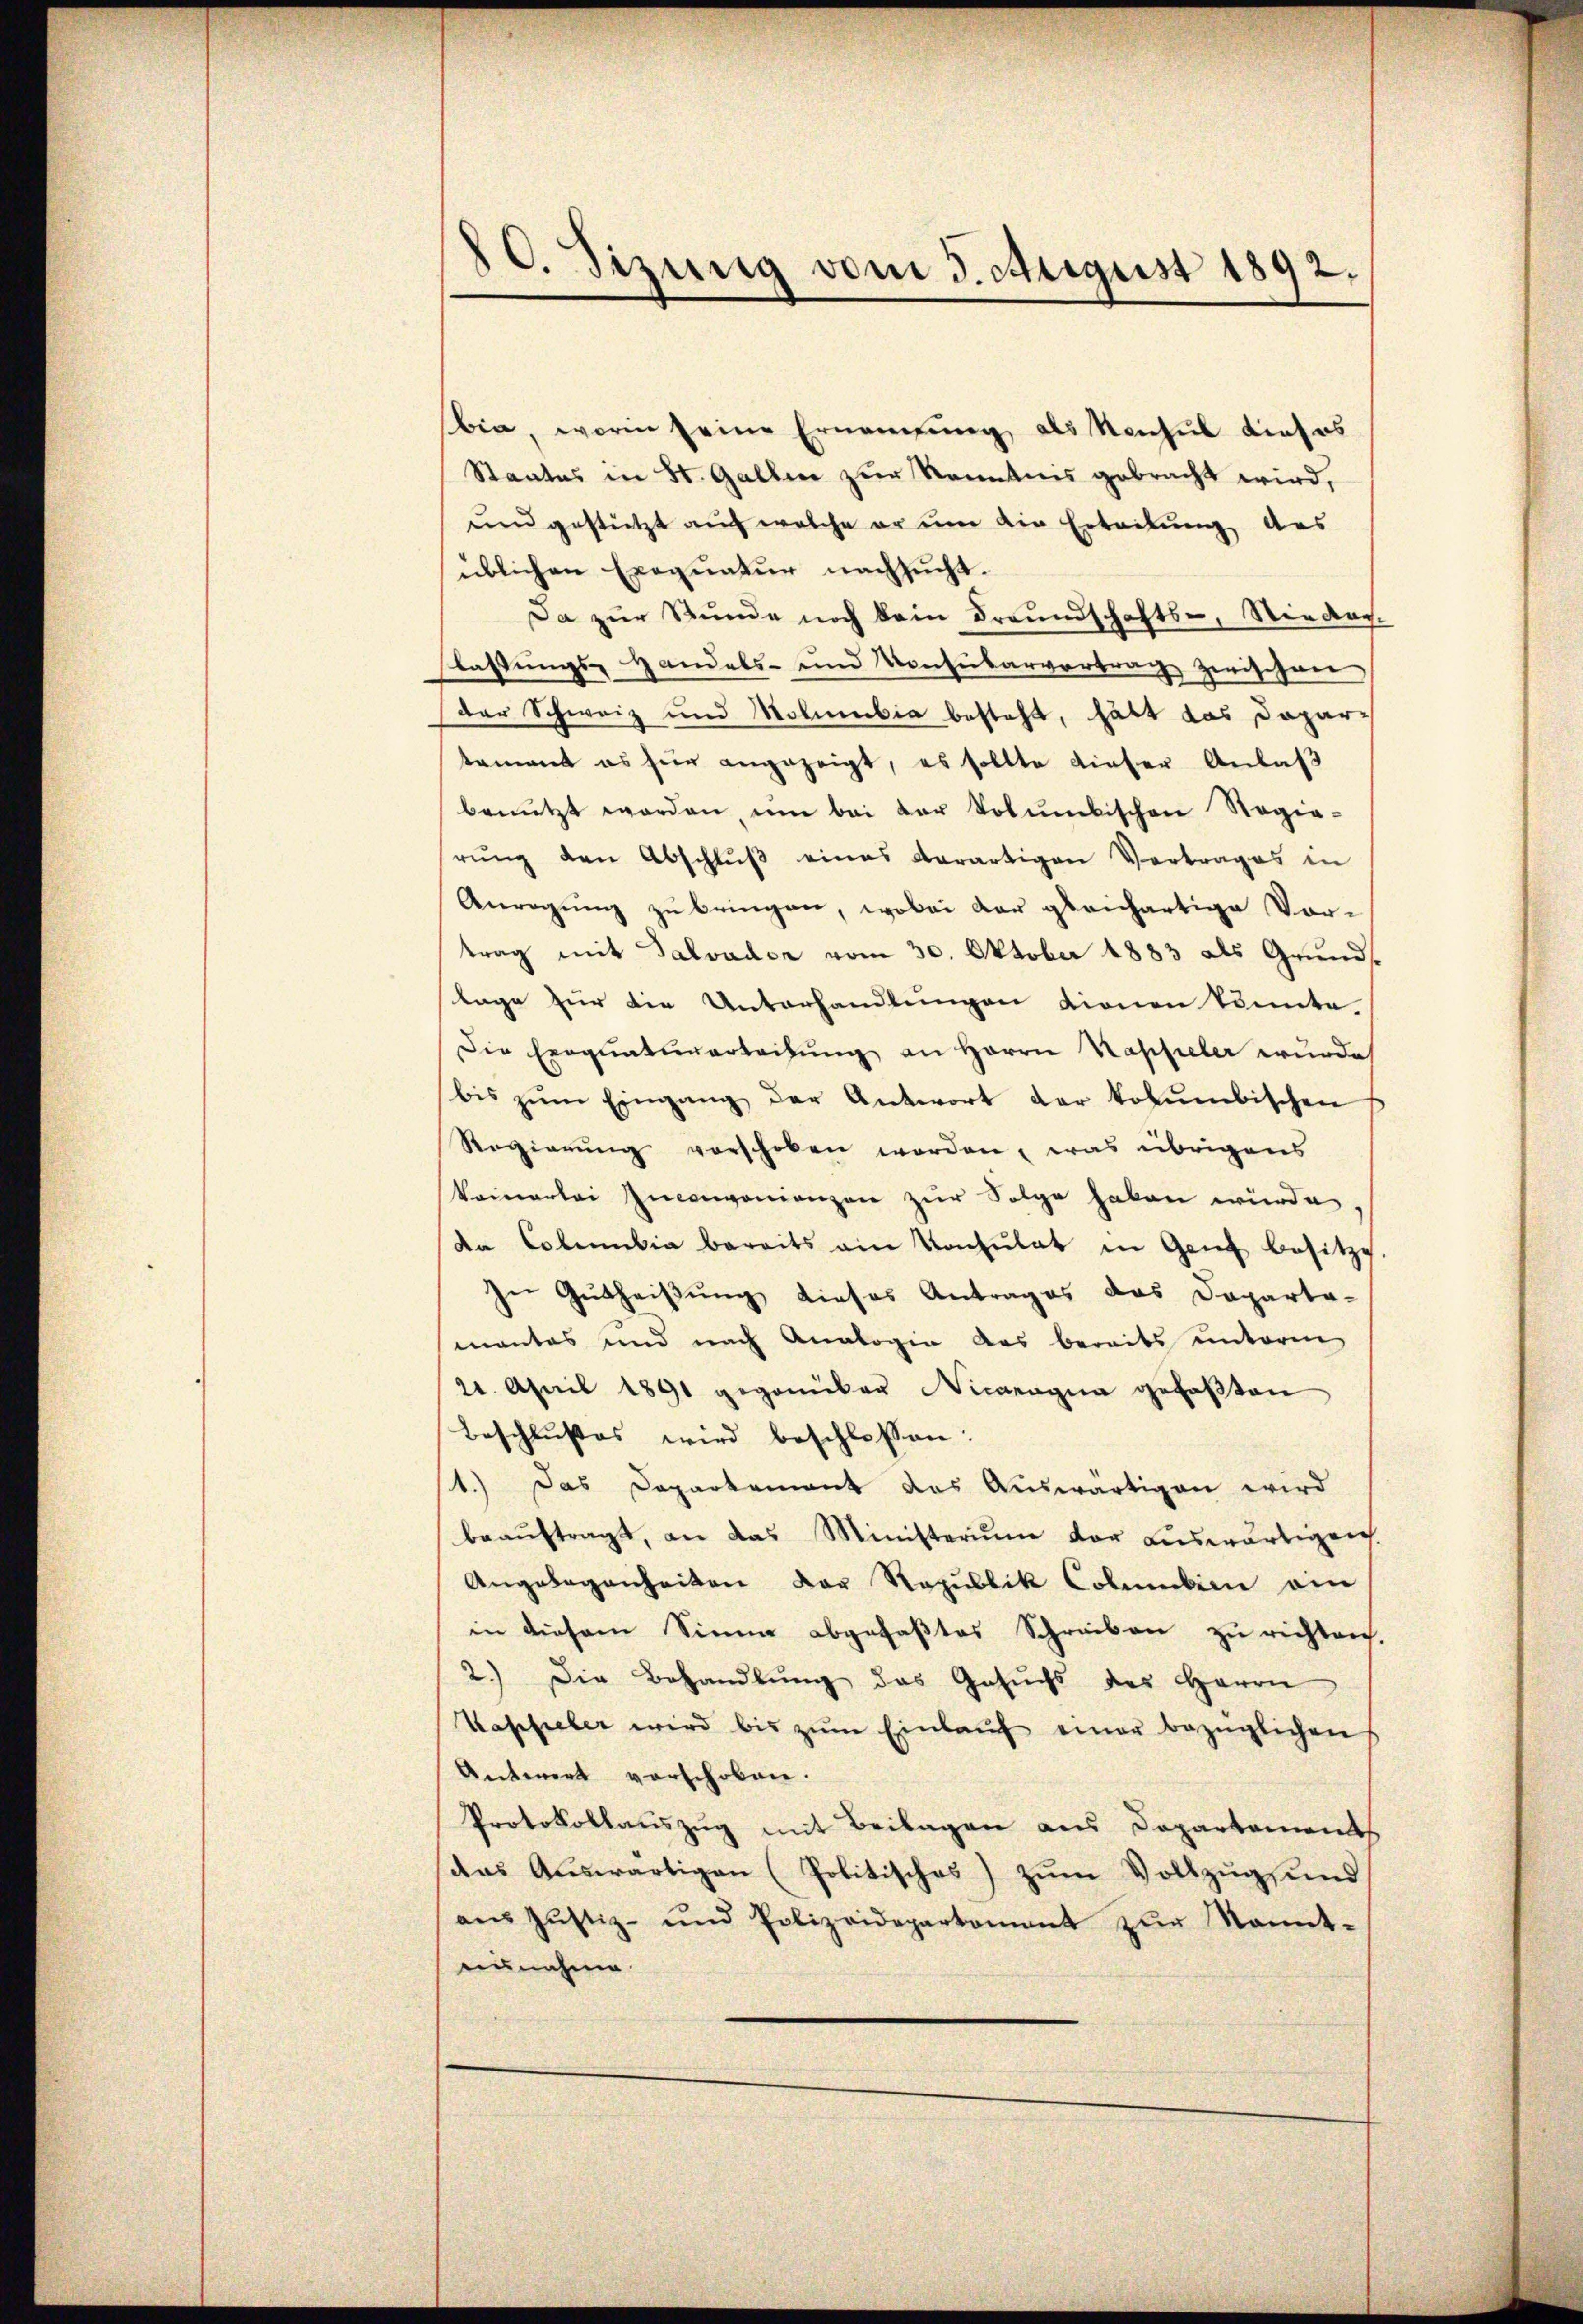
10. Sizung vom 3. August 1892.

bia, worin seine Ernennung als Konsul dieses
Staates in St. Gallen zur Kenntnis gebracht wird,
und gestützt auf welche er um die Erteilung des
üblichen Exequatur nachsucht.
Da zur Stunde noch kein Freundschafts-, Nieder-
lassŭngs- Handels- und Konsŭbarvertrag zwischen
der Schweiz und Molumbia besteht, hätt das Dapartamant es für angezeigt, es sollte dieser Anlaß
benützt worden, ŭm bei der Volumbischen Regie-
rŭng den Abschlŭβ eines derartigen Vertrages in
Anregung zu bringen, wobei der gleichartige Vor-
trag mit Salvader vom 30. Oktober 1883 als Grundlage zur die Unterhandlungen tionen könnte
Die Exequaturarbeitŭng an Herrn Kappeler wurde
bis zŭm Eingang der Antwort der kobŭmbischen
Regierŭng verschoben worden, was übrigens
kamnerlei Inconvenienzen zur Folge haben würde.
Da Colemibia bereits am Konsulat in Genf besitze
ze Gutheißung dieses Antrages das Departa-
mantes und nach Analogie das bereits unterm
22. April 1891 gegenüber Nicogna gefaßten
Beschlußes wird beschlossen:
1.) Das Departement das Auswärtigen wird
beaŭftragt, an das Ministeriŭm der aŭswärtigen
Angelegenheiten der Republik Columbien ein
in diesem Sinne abgefaßtes Schreiben zu richten.
2.) Die Behandlung das Gesuchs des Herrn
Wasefieler wird bis zŭm Einlaŭf einer bezüglichen
Antwort verschoben.
Protokollauszug mit Beilagen aus Departements
das Aŭswärtigen (Politisches) zŭm Vollzug und
aŭs Jŭstiz- und Polizeidepartament zŭr Nannt-
unnahme